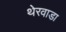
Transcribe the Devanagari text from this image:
थेरवाडा